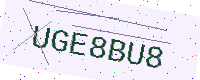
Text: UGE8BU8